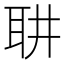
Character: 䎴